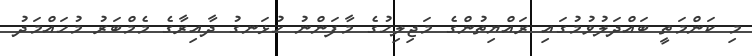
މި ކަންމަތީ ބައްދަލުވުމުގައި ރައްޔިތުންގެ މަޖިލިހުގެ މާފަންނު ހުޅަނގު ދާއިރާގެ މެމްބަރު މުހައްމަދު